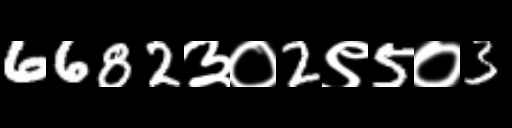
Text: 6682३०2९5०3